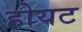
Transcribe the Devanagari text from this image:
होयट